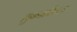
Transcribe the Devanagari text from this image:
शुबनकिन्स